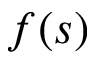
f ( s )